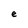
Character: e